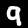
Digit: 9